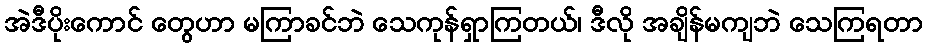
အဲဒီပိုးကောင် တွေဟာ မကြာခင်ဘဲ သေကုန်ရှာကြတယ်၊ ဒီလို အချိန်မကျဘဲ သေကြရတာ